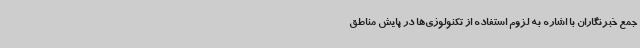
جمع خبرنگاران با اشاره به لزوم استفاده از تکنولوژی‌ها در پایش مناطق